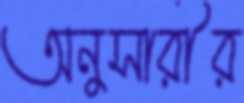
অনুসারীর